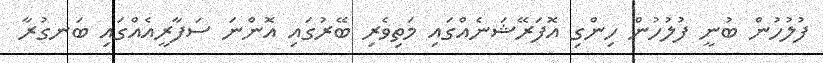
ފުލުހުން ބުނީ ފުލުހުން ހިންގި އޮފަރޭޝަނެއްގައި މަތިވެރި ބޭރުގައި އޮންނަ ސަފާރީއެއްގައި ބަނގުރާ